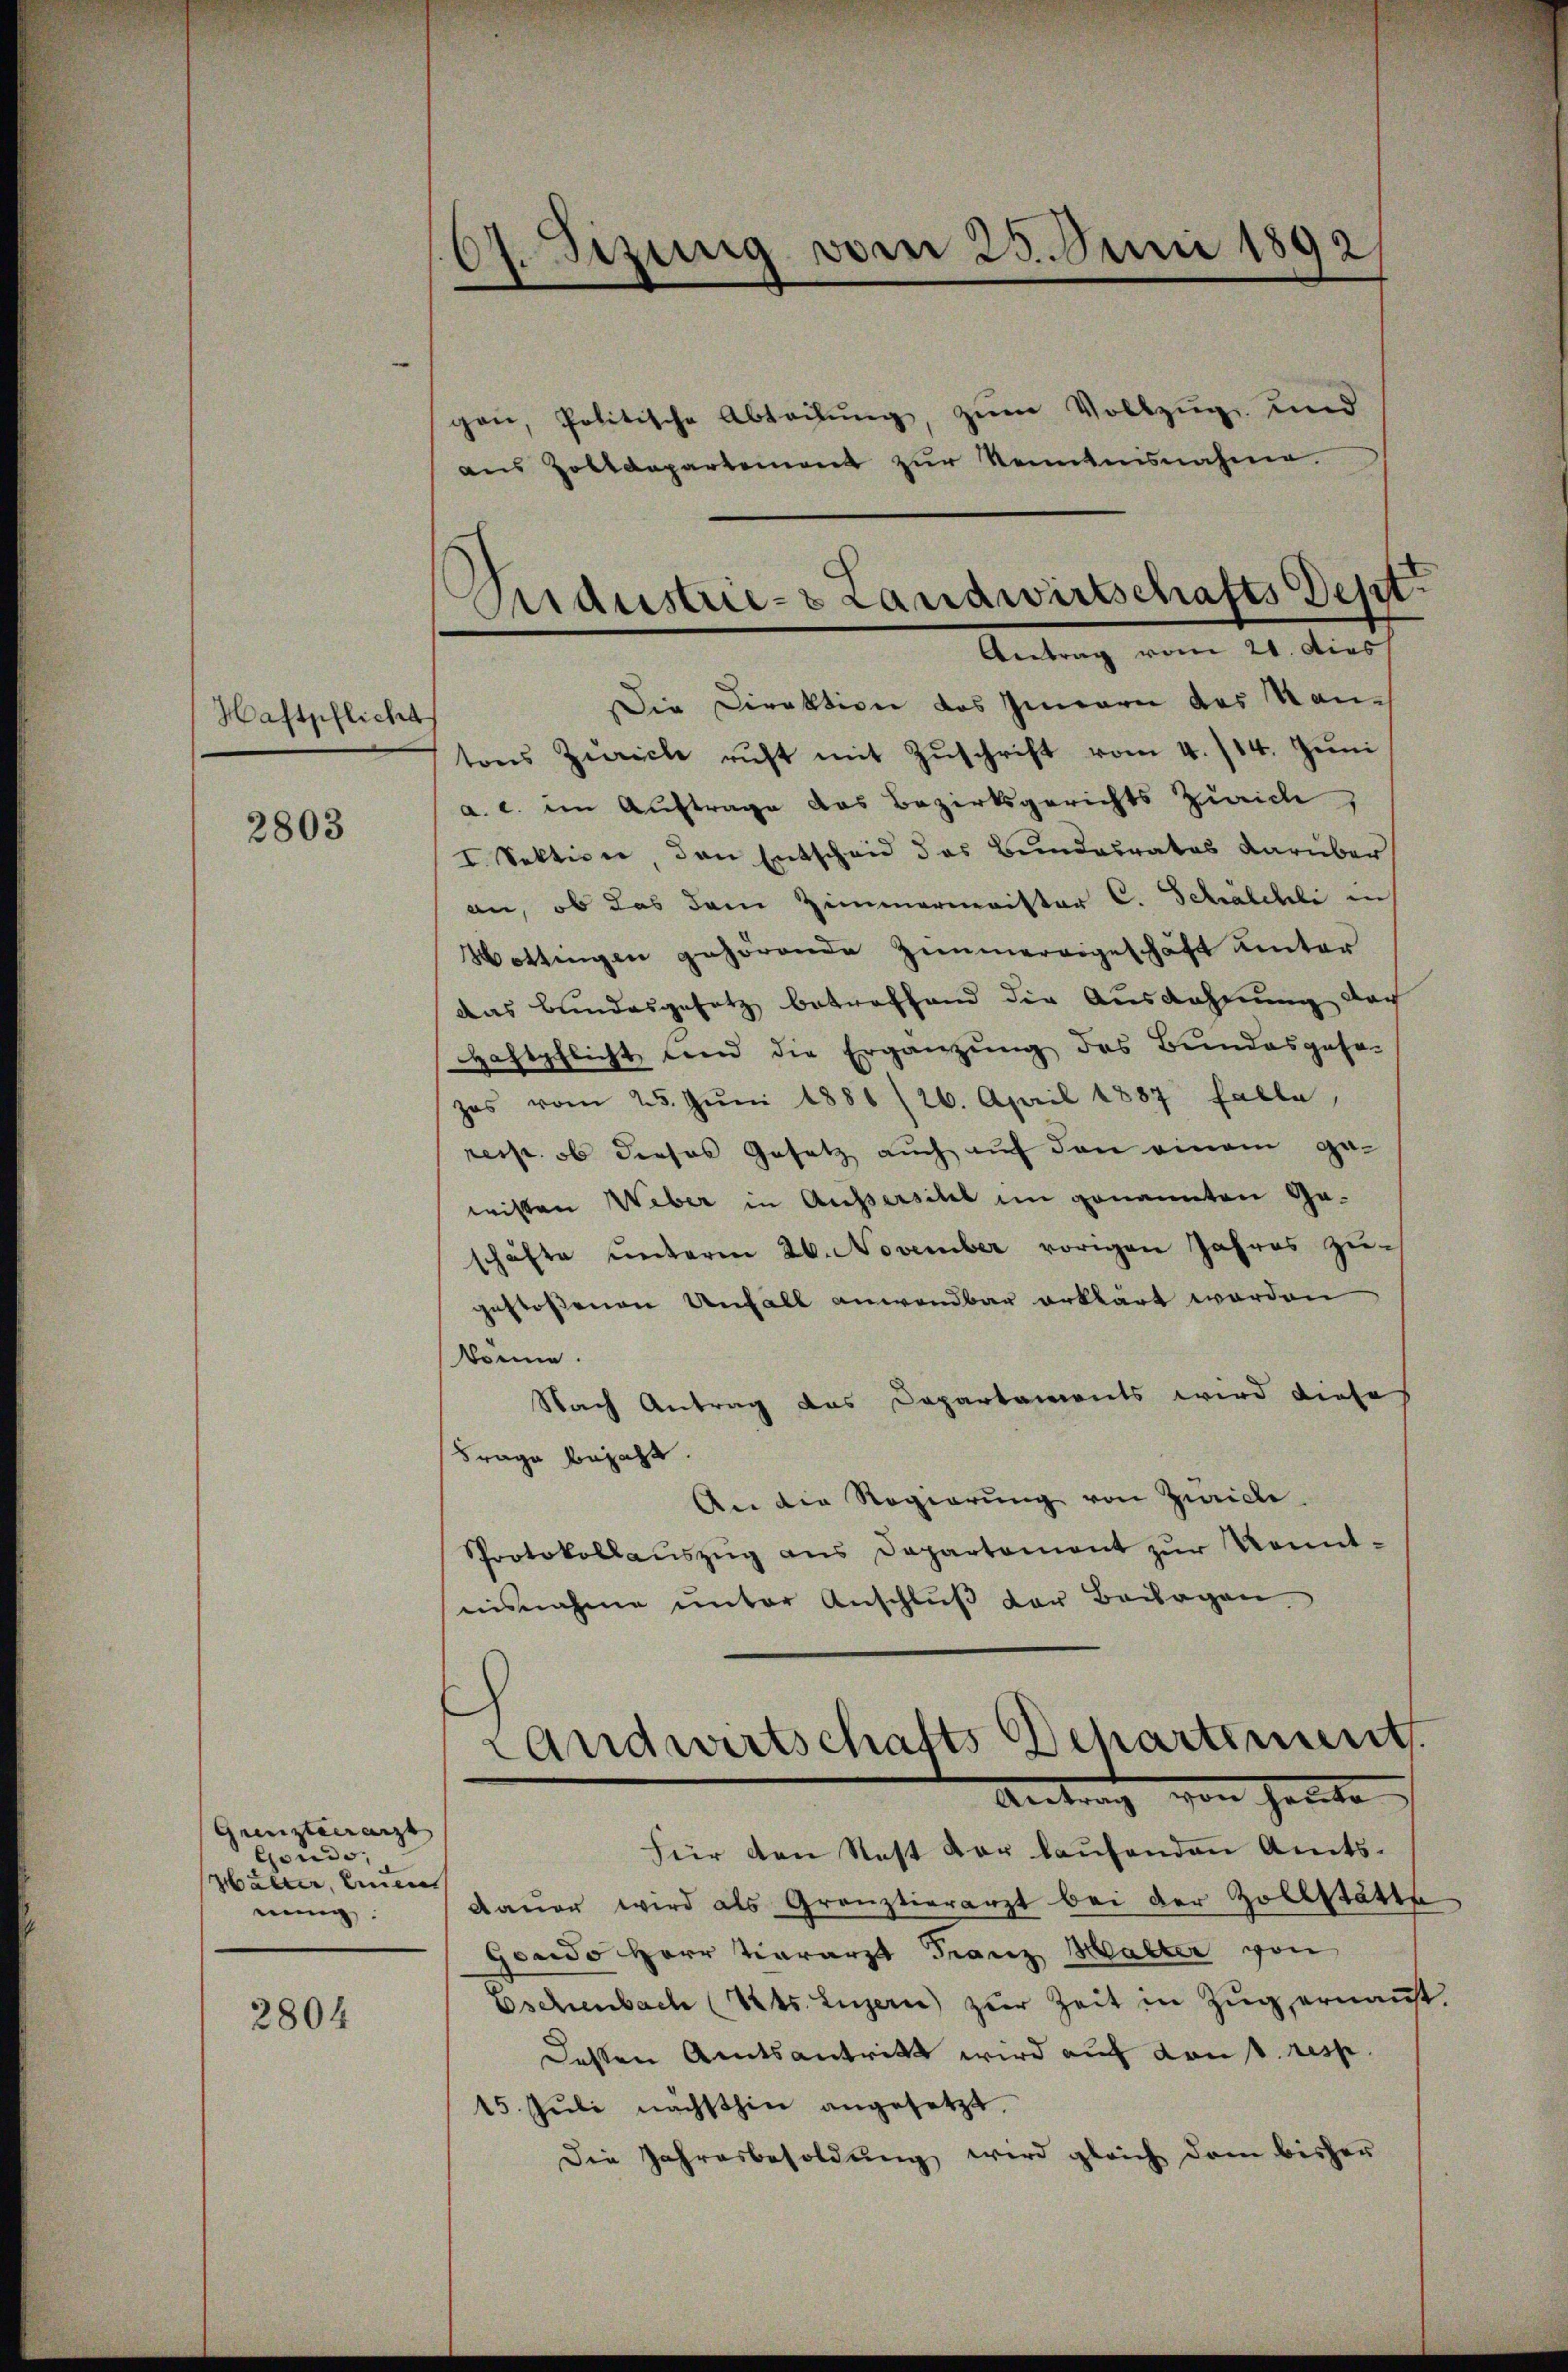
Haftpflicht

2803

Grenztaerarzt
Gonds,
Walter, einen
ennig

2804

gen, Politische Abteilung, zum Vollzug und

¬
d. Sizung vom 25. Juni 1892

aus Zolldepartement zur Kenntnisnahme.

Faustrie- & Landwirtschafts Dest
Antrag vom 21. Dies

Die Direktion des Innern des Kan-
tons Zürich ruft mit Zŭschrift vom 4. 114. Jŭni
a. c. im Auftrage das Bezirksgerichts Zürich
I. Sektion, den Entscheid das Bundesrates darüber
an, ob das dem Zimmermerister C. Schächli in
Wottingen gehörende Zimmerargeschäft unter
das Bundesgesetz betreffend die Ausdehnung doch
Haftpflicht lend die Ergänzung des Bundesgese-
zes vom 25. Jŭni 1886 /26. April 1887 falle,
resse, ob dieses Gesetz auch auf den einem gewissen Weber in Ausserscht im genannten Ge-
schäfte unterm 26. November vorigen Jahres zu-
gestoßenen Unfall anwendbar erklärt werden
könne.
Nach Antrag das Departaments wird diese
Frage bejaht.
An die Regierung von Zwicke
Sprotokollauszug aus Departement zur Kenntnisnahme unter Anschlŭβ der Beilagen

Landwirtschafts Departement
Antrag von heute

für den Rest vor laŭfenden Amts-
Dauer wird als Gränztierarzt bei der Zollstätte
Gondo Herr Vierarzt Franz Halter von
Eschenbach (Sets. Luzern zŭr Zeit in Zŭg, ernaṅt.
dessen Amtsantritt wird auf von d. resp
15. Juli nächsthin angesetzt.
Die Jahresbesoldung wird gleich dem bisher